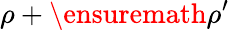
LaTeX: \rho+\ensuremath{\rho^{\prime}}